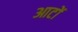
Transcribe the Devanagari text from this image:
आटों